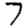
Digit: 7